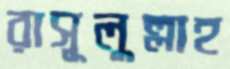
রাসূলুল্লাহ